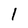
Character: 1